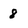
Character: 8